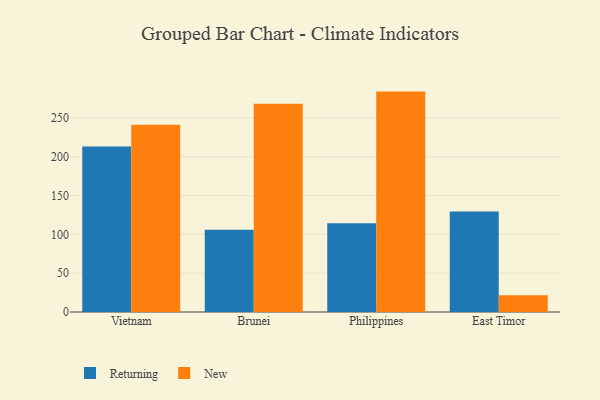
{"axis": {"x": "Country", "y": "Energy Usage (MWh)"}, "legend": ["New", "Returning"], "data": [{"x": "Vietnam", "y": 213.2, "type": "Returning"}, {"x": "Vietnam", "y": 241.4, "type": "New"}, {"x": "Brunei", "y": 105.9, "type": "Returning"}, {"x": "Brunei", "y": 268.4, "type": "New"}, {"x": "Philippines", "y": 114.4, "type": "Returning"}, {"x": "Philippines", "y": 284.0, "type": "New"}, {"x": "East Timor", "y": 129.5, "type": "Returning"}, {"x": "East Timor", "y": 21.5, "type": "New"}]}